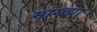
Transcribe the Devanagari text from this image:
माग्च्या